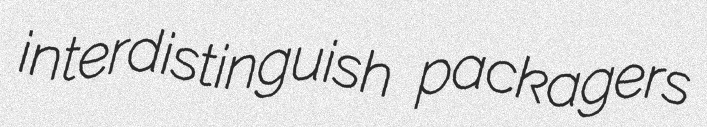
interdistinguish packagers